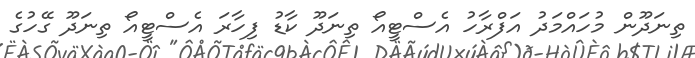
ތިނަދޫން މުހައްމަދު އަފްރާހު އެސްޓީއޯ ތިނަދޫ ކާޑު ފިހާރަ އެސްޓީއޯ ތިނަދޫ ގޭހުގެ